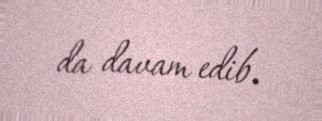
da davam edib.